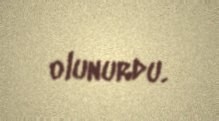
olunurdu.